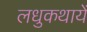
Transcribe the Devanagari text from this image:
लधुकथायें